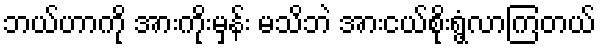
ဘယ်ဟာကို အားကိုးမှန်း မသိဘဲ အားငယ်စိုးရွံ့လာကြတယ်